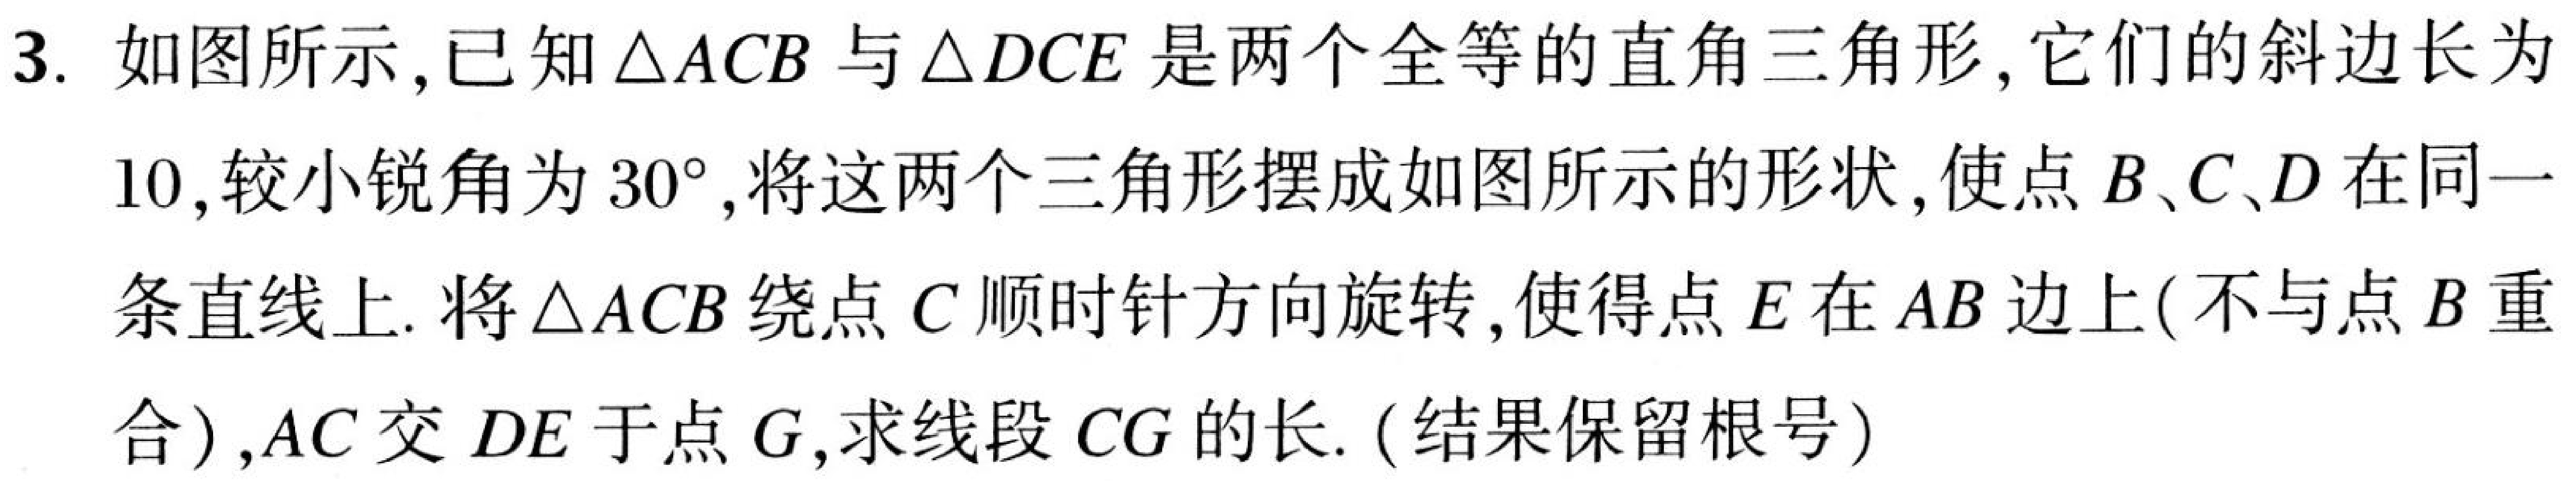
3. 如图所示,已知$\triangle ACB$与$\triangle DCE$是两个全等的直角三角形,它们的斜边长为
10,较小锐角为$30^{\circ}$,将这两个三角形摆成如图所示的形状,使点$B、C、D$在同一
条直线上. 将$\triangle ACB$绕点$C$顺时针方向旋转,使得点$E$在$AB$边上(不与点$B$重
合),$AC$交$DE$于点$G$,求线段$CG$的长.(结果保留根号)